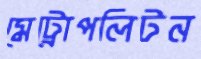
মেট্রোপলিটন